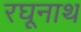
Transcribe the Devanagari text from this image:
रघूनाथ